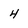
Character: 4